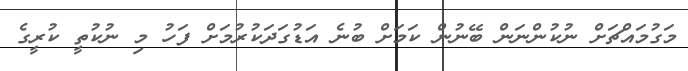
މަގުމައްޗަށް ނުކުންނަން ބޭނުން ކަމަށް ބުނެ އަޑުގަދަކުރުމަށް ފަހު މި ނުކުތީ ކުރީގެ